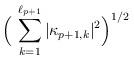
LaTeX: \begin{align*} \Big(\,\sum_{k=1}^{\ell_{p+1}} |\kappa_{p+1,k}|^2 \Big)^{1/2}\end{align*}